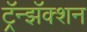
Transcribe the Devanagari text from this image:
ट्रॅन्झॅक्शन